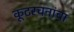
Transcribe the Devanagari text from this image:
कूटरचनांचा